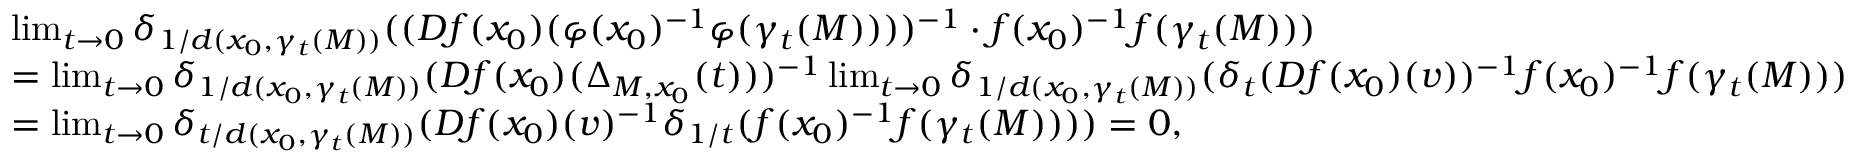
\begin{array} { r l } & { \operatorname* { l i m } _ { t \to 0 } \delta _ { 1 / d ( x _ { 0 } , \gamma _ { t } ( M ) ) } ( ( D f ( x _ { 0 } ) ( \varphi ( x _ { 0 } ) ^ { - 1 } \varphi ( \gamma _ { t } ( M ) ) ) ) ^ { - 1 } \cdot f ( x _ { 0 } ) ^ { - 1 } f ( \gamma _ { t } ( M ) ) ) } \\ & { = \operatorname* { l i m } _ { t \to 0 } \delta _ { 1 / d ( x _ { 0 } , \gamma _ { t } ( M ) ) } ( D f ( x _ { 0 } ) ( \Delta _ { M , x _ { 0 } } ( t ) ) ) ^ { - 1 } \operatorname* { l i m } _ { t \to 0 } \delta _ { 1 / d ( x _ { 0 } , \gamma _ { t } ( M ) ) } ( \delta _ { t } ( D f ( x _ { 0 } ) ( v ) ) ^ { - 1 } f ( x _ { 0 } ) ^ { - 1 } f ( \gamma _ { t } ( M ) ) ) } \\ & { = \operatorname* { l i m } _ { t \to 0 } \delta _ { t / d ( x _ { 0 } , \gamma _ { t } ( M ) ) } ( D f ( x _ { 0 } ) ( v ) ^ { - 1 } \delta _ { 1 / t } ( f ( x _ { 0 } ) ^ { - 1 } f ( \gamma _ { t } ( M ) ) ) ) = 0 , } \end{array}